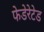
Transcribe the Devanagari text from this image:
फेडेरेटेड